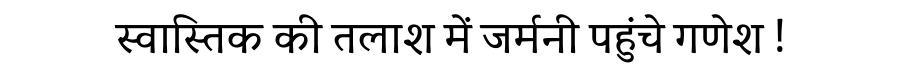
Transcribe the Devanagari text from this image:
स्वास्तिक की तलाश में जर्मनी पहुंचे गणेश !